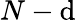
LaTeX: N-\mathrm{d}